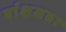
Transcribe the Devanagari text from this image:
वांशजता